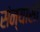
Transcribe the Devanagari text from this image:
संन्यासौ